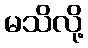
မသိလို့